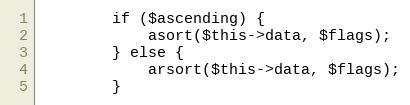
Language: PHP
        if ($ascending) {
            asort($this->data, $flags);
        } else {
            arsort($this->data, $flags);
        }